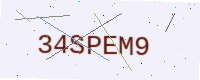
Text: 34SPEM9